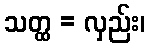
သတ္ထ = လှည်း၊